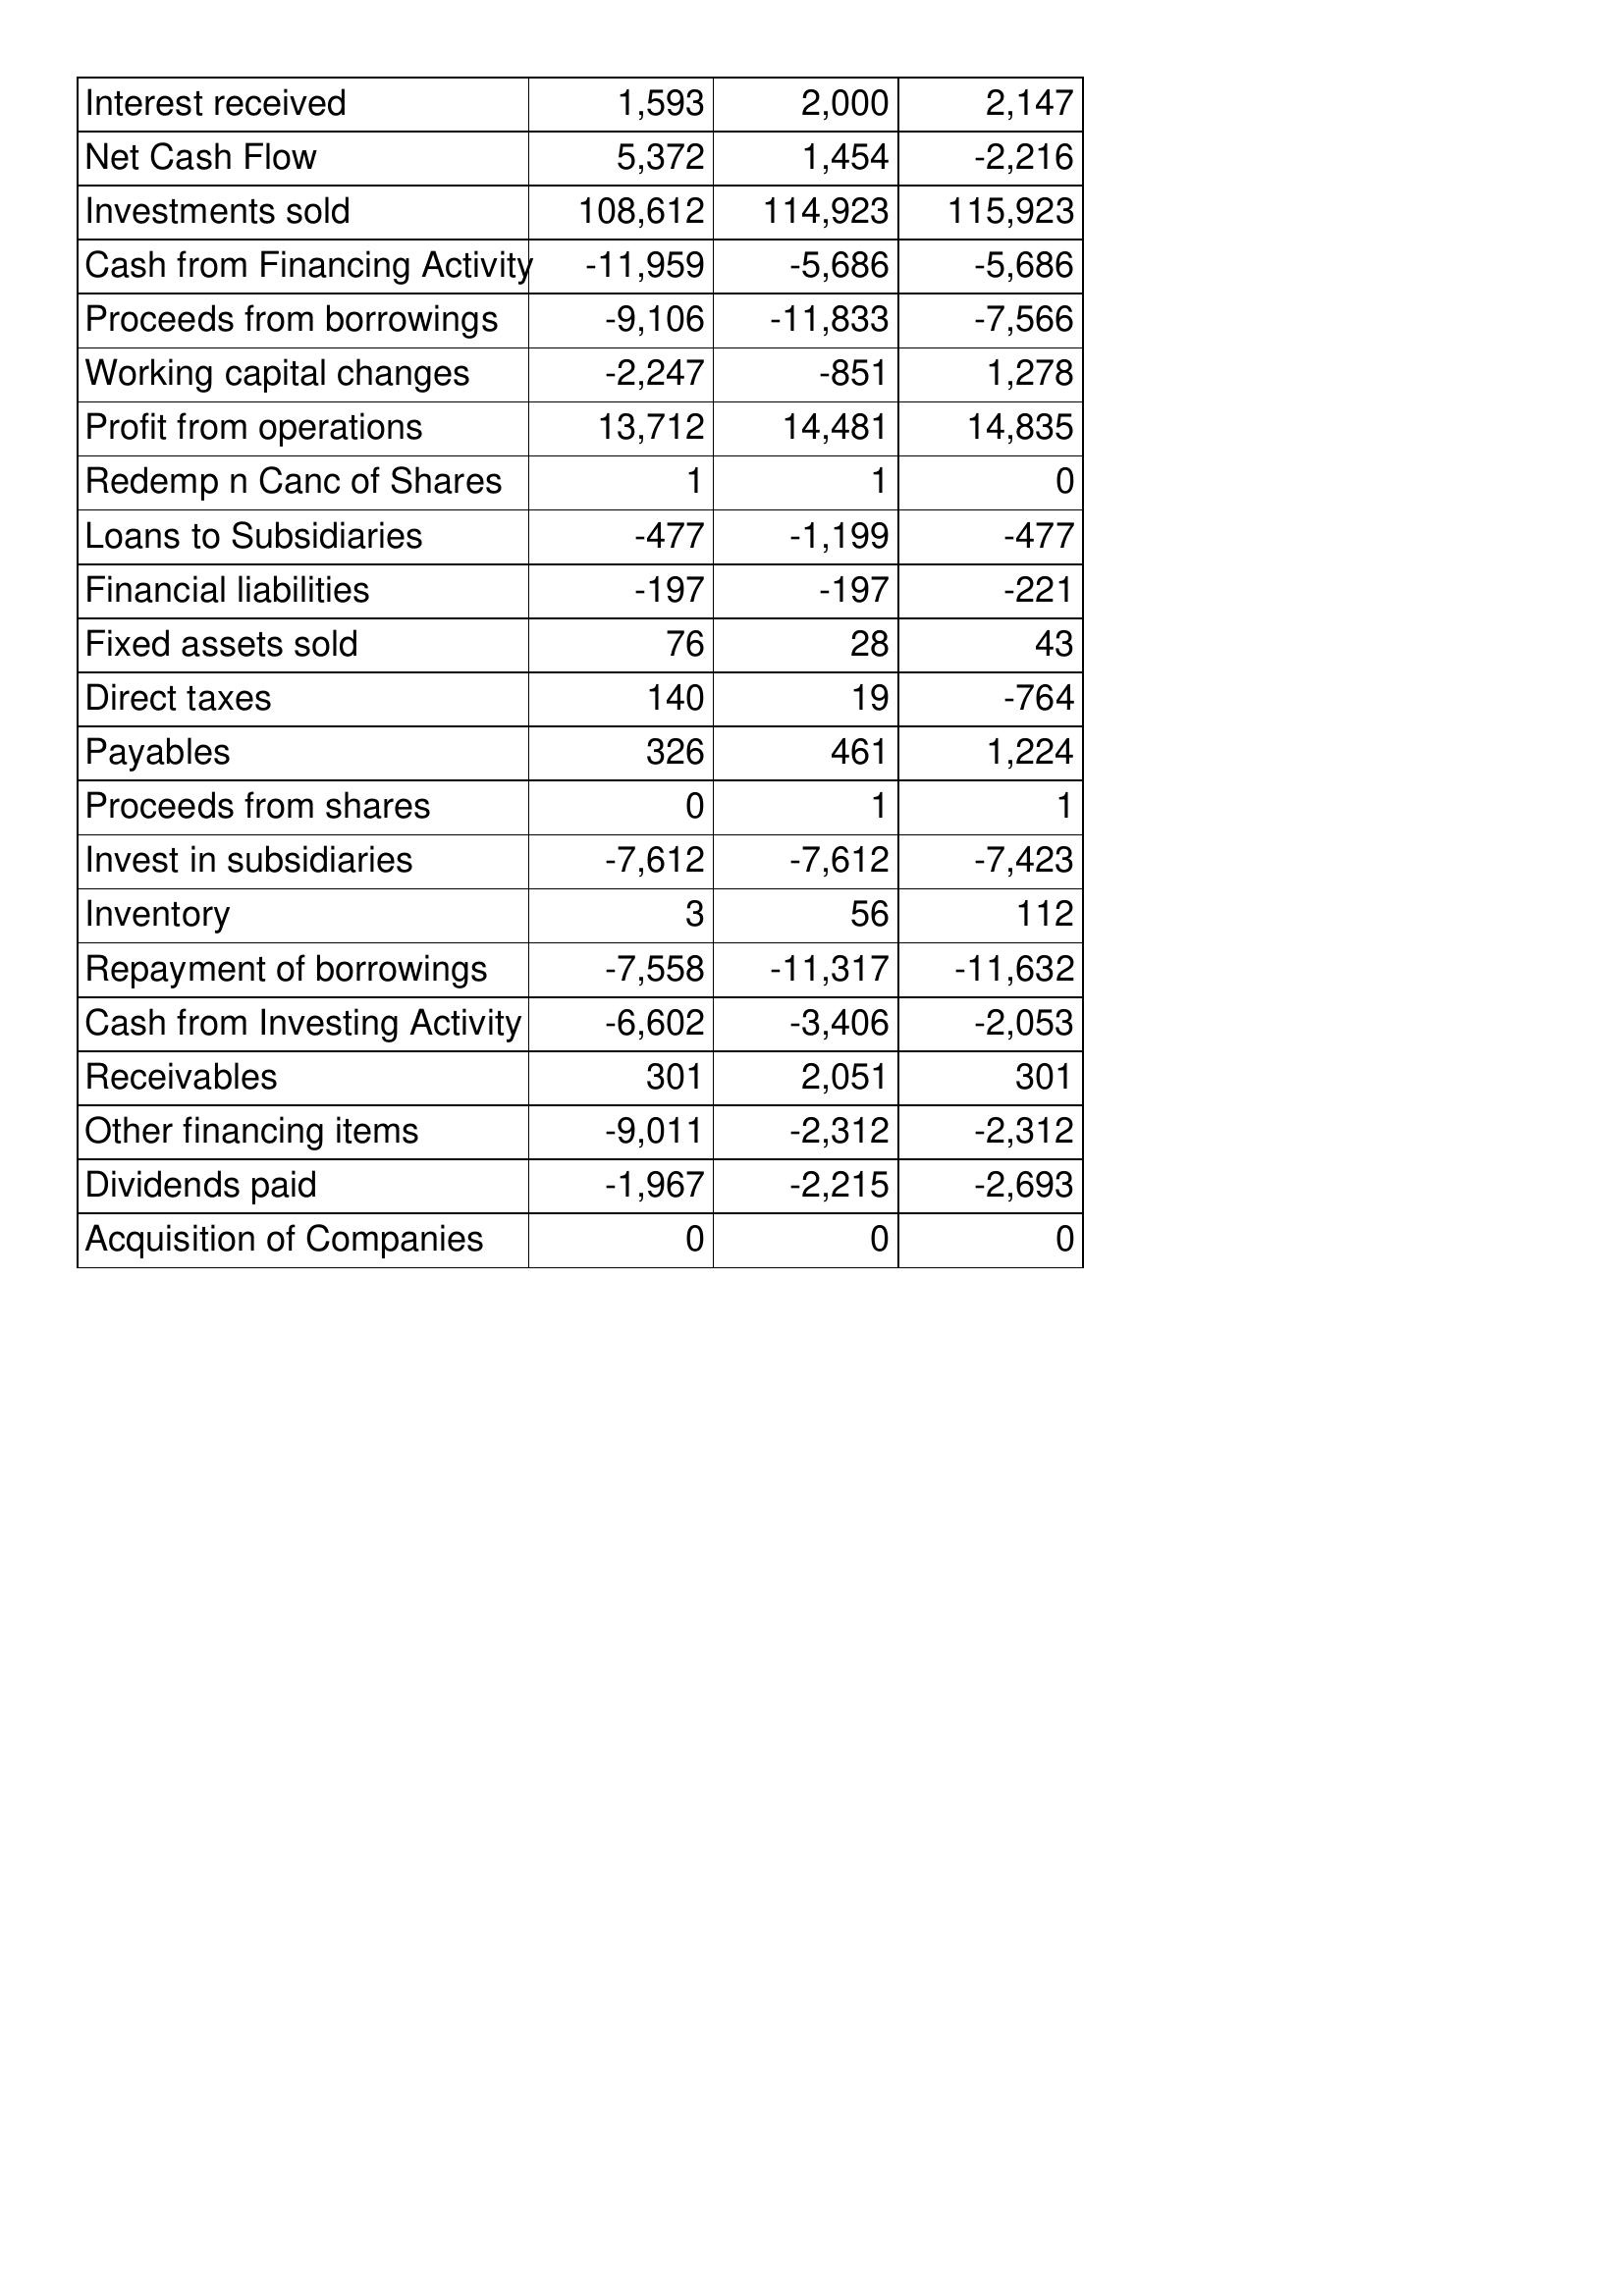
Apr-17: Cash Flows: Interest received: 1,593
Net Cash Flow: 5,372
Investments sold: 108,612
Cash from Financing Activity: -11,959
Proceeds from borrowings: -9,106
Working capital changes: -2,247
Profit from operations: 13,712
Redemp n Canc of Shares: 1
Loans to Subsidiaries: -477
Financial liabilities: -197
Fixed assets sold: 76
Direct taxes: 140
Payables: 326
Proceeds from shares: 0
Invest in subsidiaries: -7,612
Inventory: 3
Repayment of borrowings: -7,558
Cash from Investing Activity: -6,602
Receivables: 301
Other financing items: -9,011
Dividends paid: -1,967
Acquisition of Companies: 0
Apr-16: Cash Flows: Interest received: 2,000
Net Cash Flow: 1,454
Investments sold: 114,923
Cash from Financing Activity: -5,686
Proceeds from borrowings: -11,833
Working capital changes: -851
Profit from operations: 14,481
Redemp n Canc of Shares: 1
Loans to Subsidiaries: -1,199
Financial liabilities: -197
Fixed assets sold: 28
Direct taxes: 19
Payables: 461
Proceeds from shares: 1
Invest in subsidiaries: -7,612
Inventory: 56
Repayment of borrowings: -11,317
Cash from Investing Activity: -3,406
Receivables: 2,051
Other financing items: -2,312
Dividends paid: -2,215
Acquisition of Companies: 0
Apr-15: Cash Flows: Interest received: 2,147
Net Cash Flow: -2,216
Investments sold: 115,923
Cash from Financing Activity: -5,686
Proceeds from borrowings: -7,566
Working capital changes: 1,278
Profit from operations: 14,835
Redemp n Canc of Shares: 0
Loans to Subsidiaries: -477
Financial liabilities: -221
Fixed assets sold: 43
Direct taxes: -764
Payables: 1,224
Proceeds from shares: 1
Invest in subsidiaries: -7,423
Inventory: 112
Repayment of borrowings: -11,632
Cash from Investing Activity: -2,053
Receivables: 301
Other financing items: -2,312
Dividends paid: -2,693
Acquisition of Companies: 0